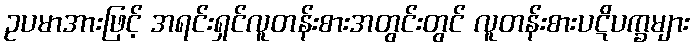
ဥပမာအားဖြင့် အရင်းရှင်လူတန်းစားအတွင်းတွင် လူတန်းစားပဋိပက္ခများ